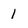
Character: 1